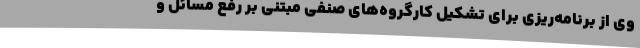
وی از برنامه‌ریزی برای تشکیل کارگروه‌های صنفی مبتنی بر رفع مسائل و